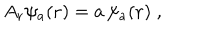
{ A } _ { \bf r } \psi _ { a } ( { \bf r } ) = a \, \psi _ { a } ( { \bf r } ) \; ,